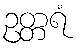
ဥတ္တရံ